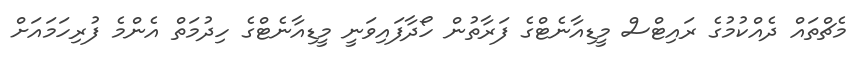
މެޗްތައް ދެއްކުމުގެ ރައިޓްސް މީޑިއާނެޓްގެ ފަރާތުން ހޯދާފައިވަނީ މީޑިއާނެޓްގެ ހިދުމަތް އެންމެ ފުރިހަމައަށް